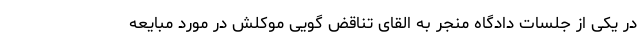
در یکی از جلسات دادگاه منجر به القای تناقض گویی موکلش در مورد مبایعه